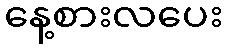
နေ့စားလပေး